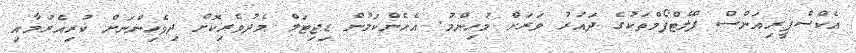
އެކްސްޕީރިއަންސް ޕްލެޓްފޯމްތަކުގެ ދައުރު ވަރަށް މުހިންމު. އެހެންކަމުން ޑިޖިޓަލް މެދުވެރިކޮށް ދިވެހިންނަށް ކުރިއެރުމާއި